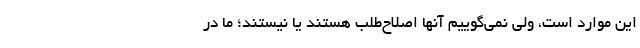
این موارد است، ولی نمی‌گوییم آنها اصلاح‌طلب هستند یا نیستند؛ ما در